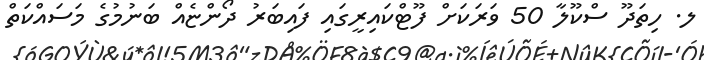
ލ. ހިތަދޫ ސްކޫލާ 50 ވަރަކަށް ފޫޓްކައިރީގައި ފައިބަރު ދޯންޏެއް ބަނުމުގެ މަސައްކަތް